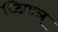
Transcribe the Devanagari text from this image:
घ्टियाल्